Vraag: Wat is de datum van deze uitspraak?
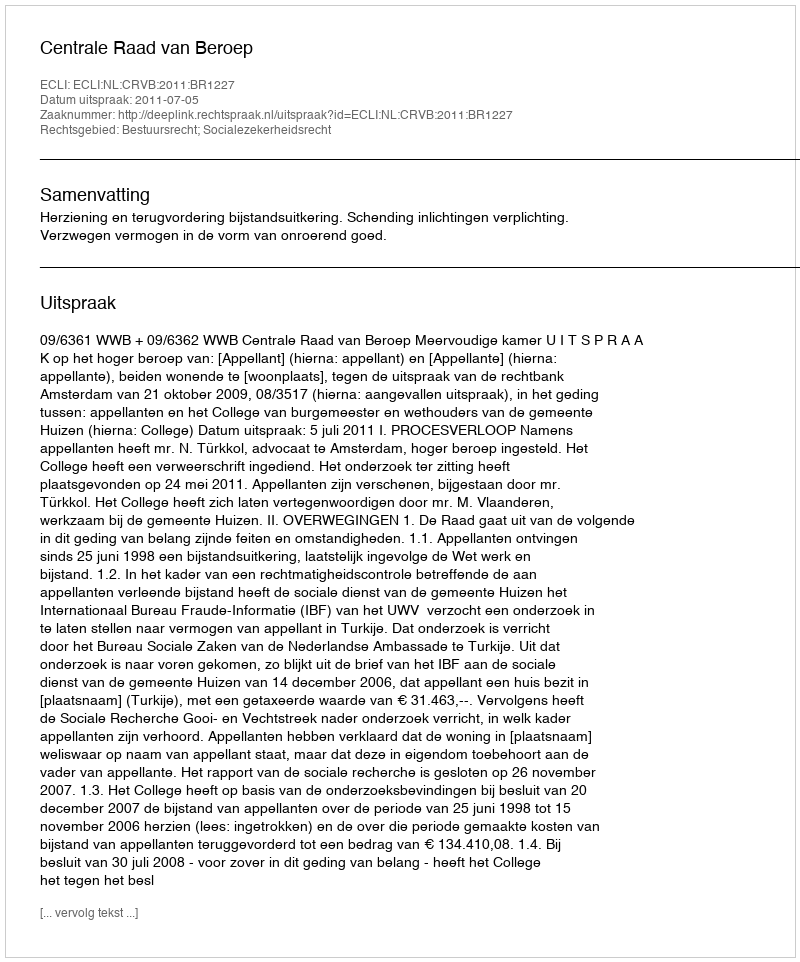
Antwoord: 2011-07-05